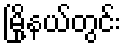
မြို့နယ်တွင်း